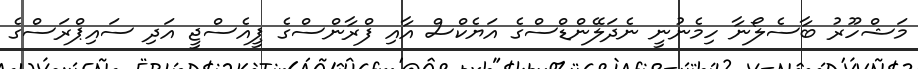
މަޝްހޫރު ބާސެލޯނާ ހިމެނުނީ ނެދަލޭންޑްސްގެ އަޔެކްސް އާއި ފްރާންސްގެ ޕީއެސްޖީ އަދި ސައިޕްރަސްގެ